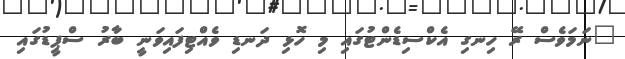
"ނަމަވެސް ރޭ ހިނގި އެކްސިޑެންޓުގައި މި ހޮޅި ދަނޑި ވެއްޓިފައިވަނީ ބާރު ސްޕީޑުގައި